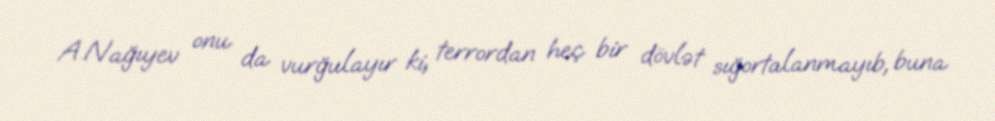
A.Nağıyev onu da vurğulayır ki, terrordan heç bir dövlət sığortalanmayıb, buna